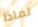
لماذا